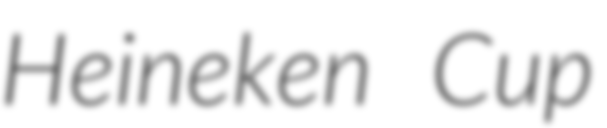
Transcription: Heineken Cup